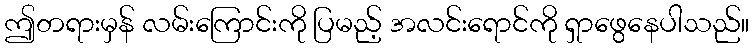
ဤတရားမှန် လမ်းကြောင်းကို ပြမည့် အလင်းရောင်ကို ရှာဖွေနေပါသည်။